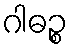
ဂါဓဉ္စ